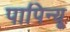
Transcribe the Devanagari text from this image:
पापिन्यू